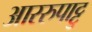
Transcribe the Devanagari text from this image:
आररुपाट्टु